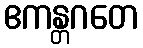
ဧကန္တဂတေ